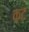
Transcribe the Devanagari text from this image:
क़ट